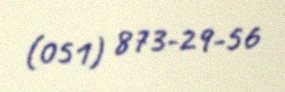
(051) 873-29-56